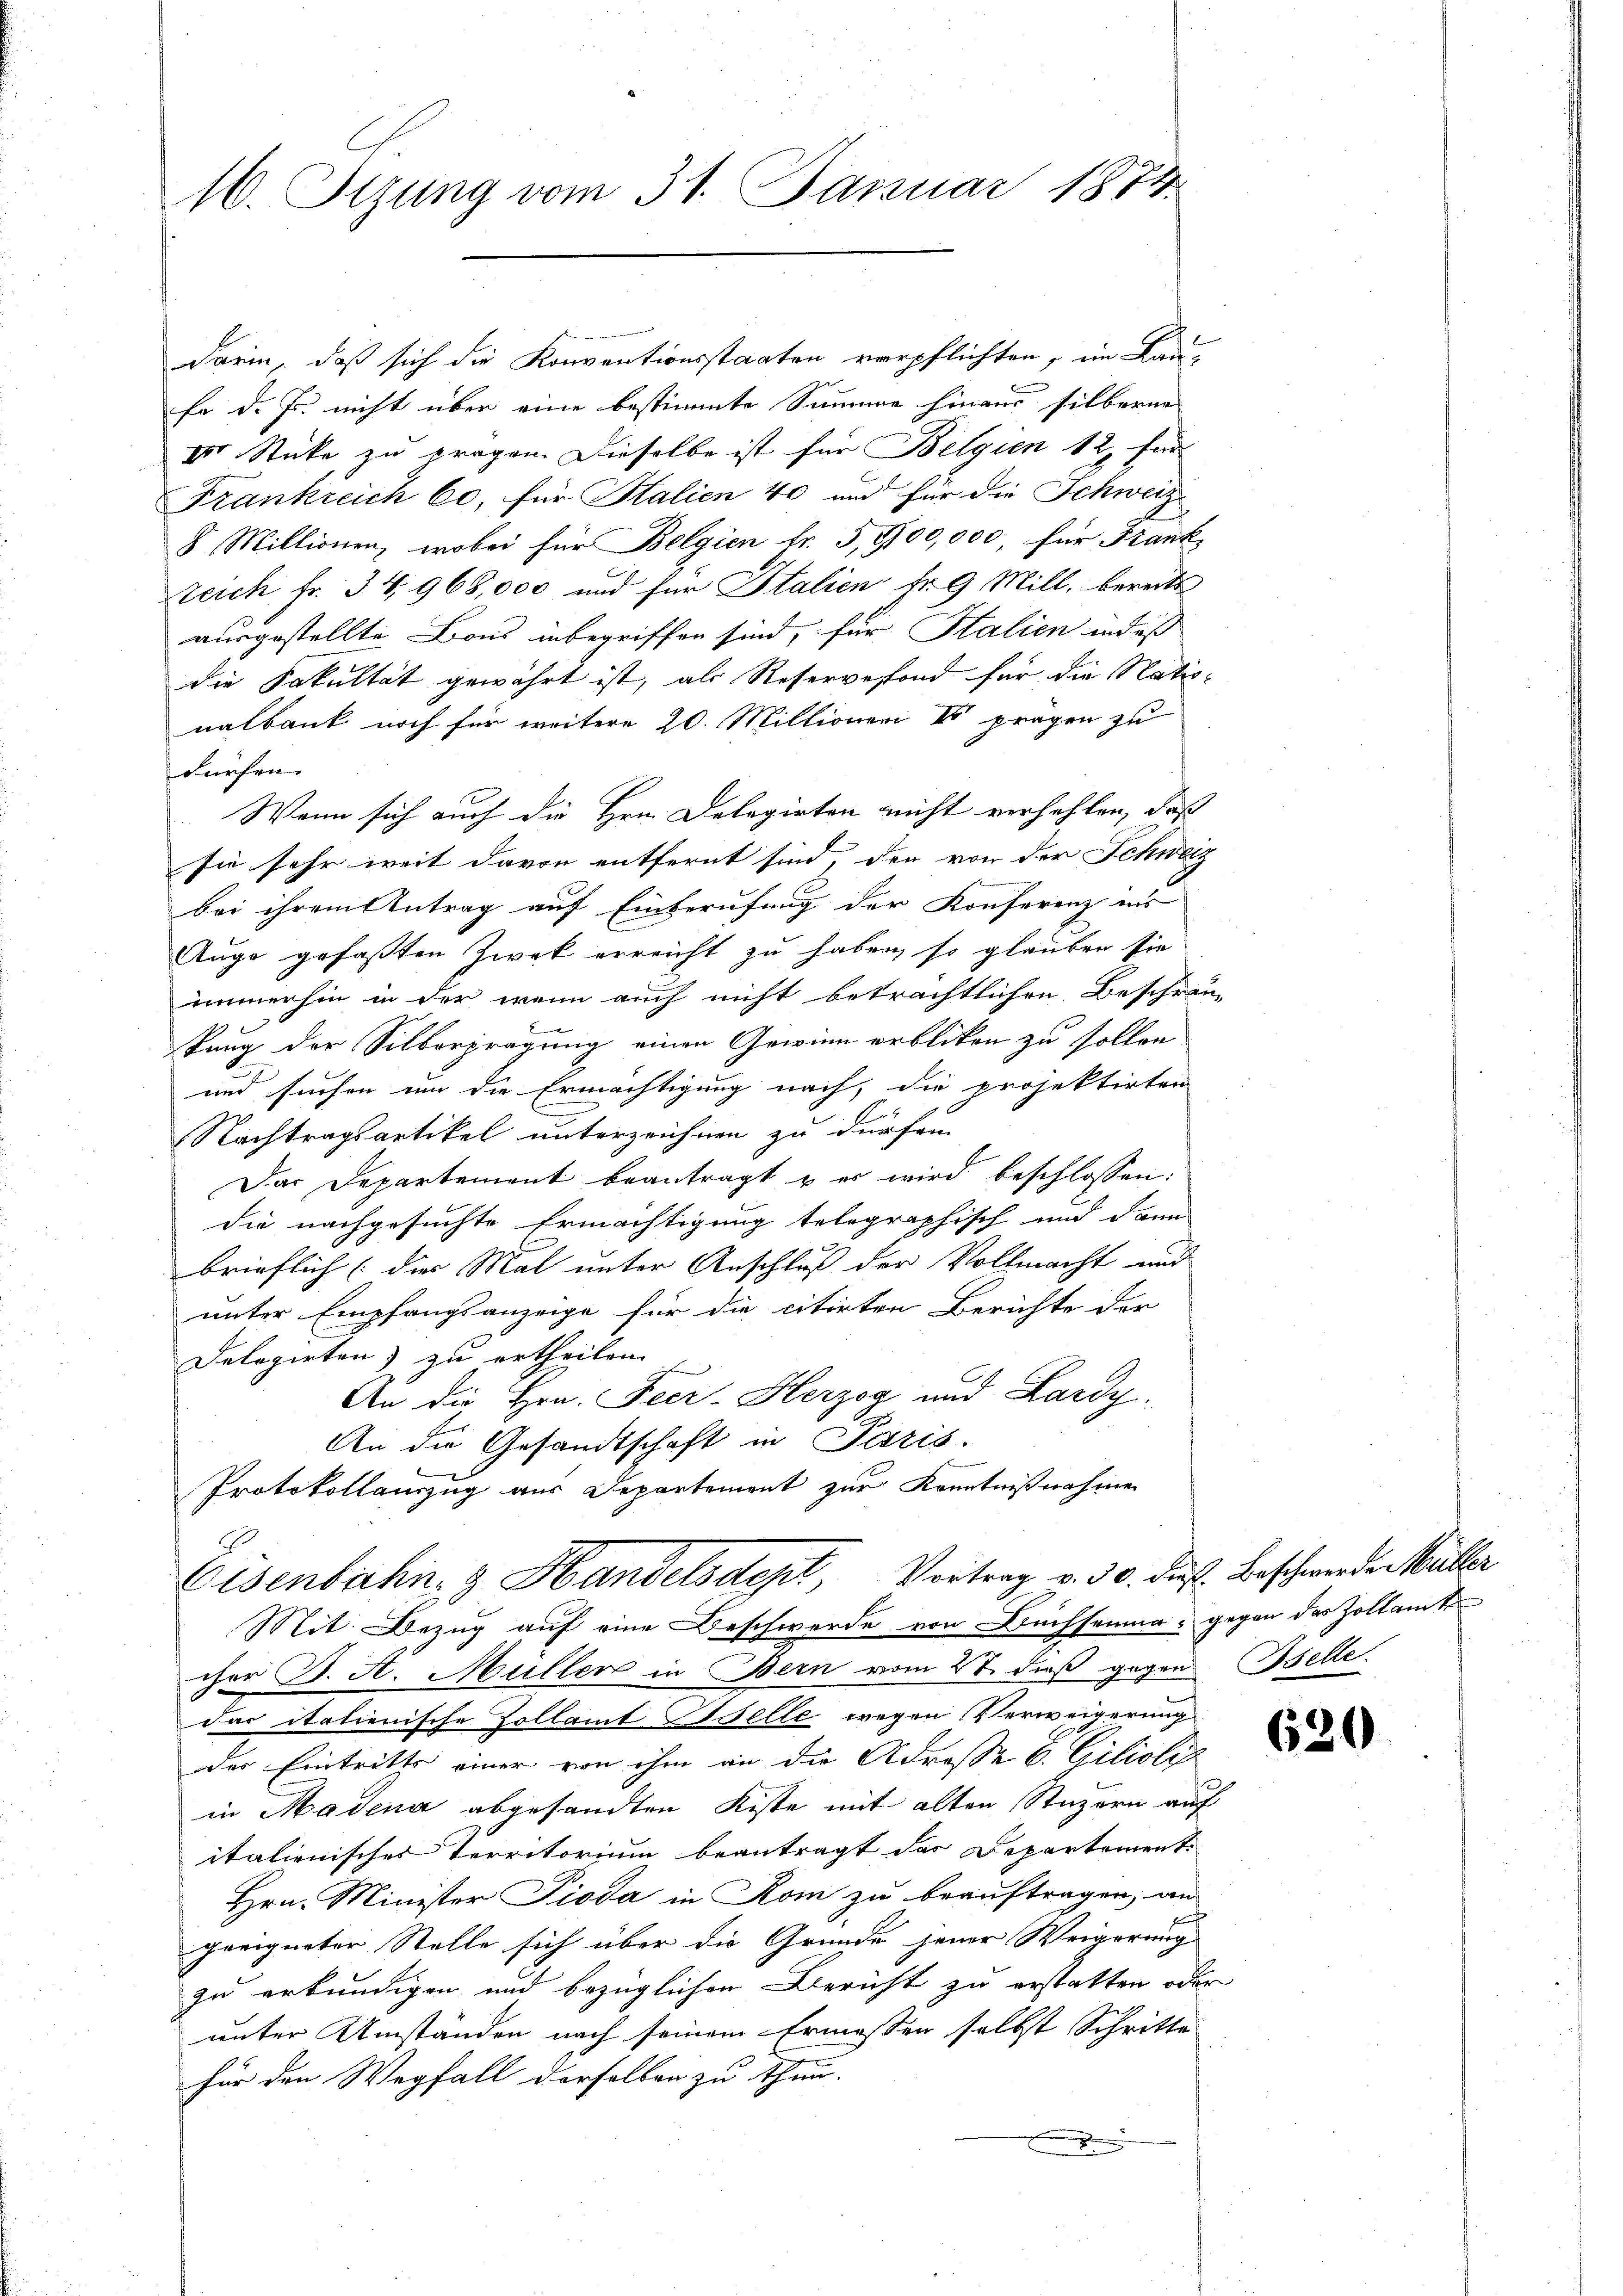
16. Sizung vom 31. Januar 1874.

Darin, daß sich die Konventionsstaaten verpflichten, im Laufa d. Js. nicht über eine bestimmte Summe hinaus silberne
I Stücke zu trägen. Dieselbe ist für Belgien 12, für
Frankreich 60, für Salien 40 und für die Schweiz
8 Millionen, wobei für Belgien fr. 5, 9100,000, für Frank,
Teich Fr. 34, 968,000 und für Italien fr. 9 Mill, bereits
ausgestellte Bous inbegriffen sind, für Stalien indess
die Fakultät gewährt ist, als Reservefond für die Nationalbank noch für weitere 20. Millionen II prägen zu
dürfen.
Wenn sich auch die Hrn. Delegirten nicht verhehlen, dass
sie sehr weit davon entfernt sind, den von der Schweiz
bei ihrem Antrag auf Einberufung der Konferenz ins
Auge gefaßten Zwek erreicht zu haben, so glauben sie
immerhin in der wenn auch nicht beträchtlichen Beschrän-
8
kung der Silberprägung einen Gewinn erbliken zu sollen
und suchen um die Ermächtigung nach, die projektirten
Nachtragsartikel unterzeichnen zu dürfen.
Das Departement beantragt u es wird beschlossen:
die nachgesuchte Ermächtigung telegraphisch und dann
brieflich (die Mal unter Anschluß der Vollmacht und
unter Empfangsanzeige für die citirten Berichte der
Delegirten) zu ertheilen.
An die Hrn. Feer-Herzog und Lardy,
An die Gesandtschaft in Paris.
Protokollauszug aus Departement zur Kenntnißnahme
Eisenbahn- & Handelsdept, Vortrag v. 30. die Beschwerde Müller
Mit. Bezug auf eine Beschwerde von Buchsamme gegen das Zollamt
cher B. A. Müller in Bern vom 27. dieß gegen Belle
das italienische Zollamt Belle wegen Verweigerung
der Eintritte einer von ihm an die Adresse 6. Cilioli
in Madena abgesandten Kiste mit alten Stuzern auf
itationisches Territorium beantragt das Departement
Hrn. Minister Pioda in Rom zu beauftragen, an
geeigneter Stelle sich über die Grunde jener Weigerung
zu erkundigen und bezüglichen Bericht zu erstatten oder
unter Umständen nach seinem Ermessen selbst Schritte
für den Wegfall derselben zu thun.

620